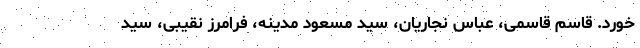
خورد. قاسم قاسمی، عباس نجاریان، سید مسعود مدینه، فرامرز نقیبی، سید